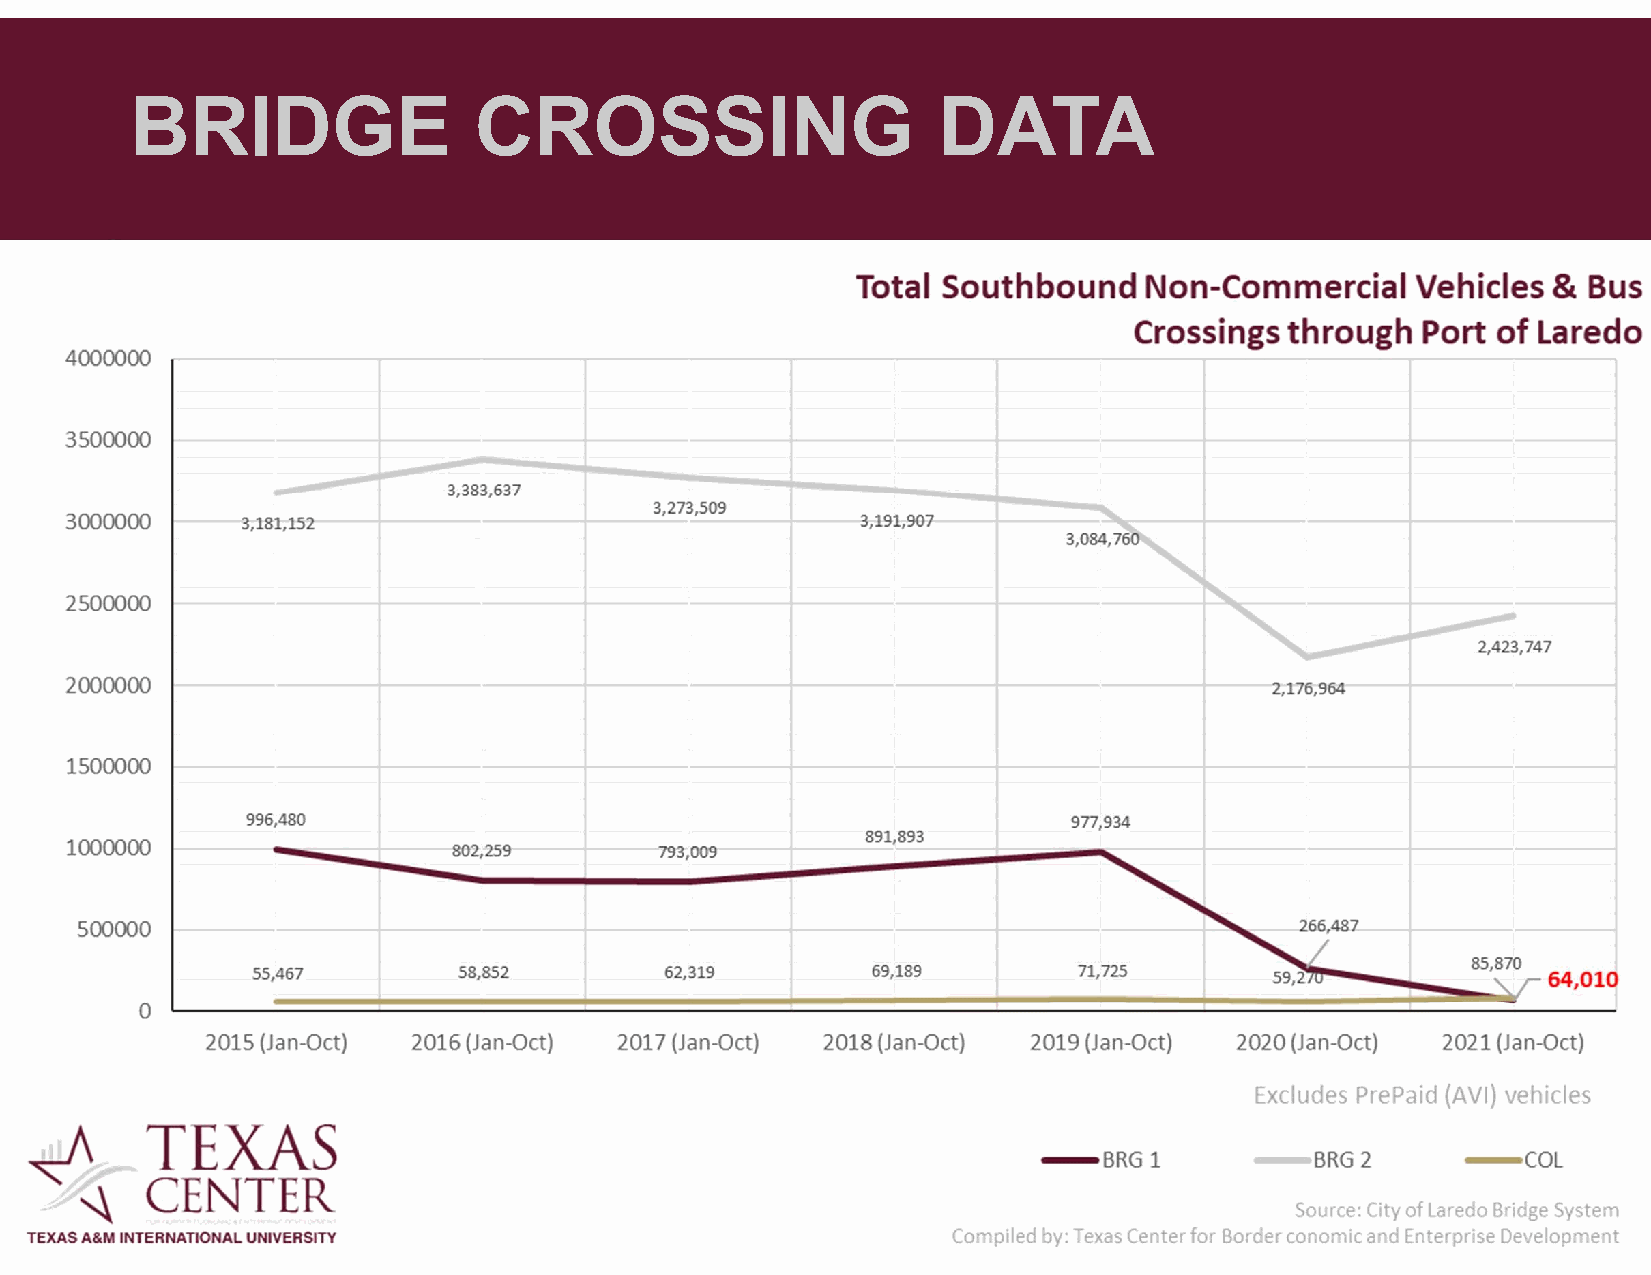
BRIDGE                CROSSING                       DATA